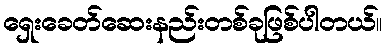
ရှေးခေတ်ဆေးနည်းတစ်ခုဖြစ်ပါတယ်။